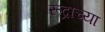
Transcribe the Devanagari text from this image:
रूद्राच्या